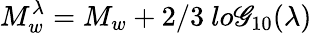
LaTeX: M_{w}^{\lambda}=M_{w}+2/3~lo\mathscr{G}_{10}(\lambda)